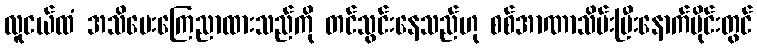
လူငယ်ထံ အသိပေးကြေညာထားသည်ကို တင်သွင်းနေသည်ဟု စစ်အာဏာသိမ်းပြီးနောက်ပိုင်းတွင်